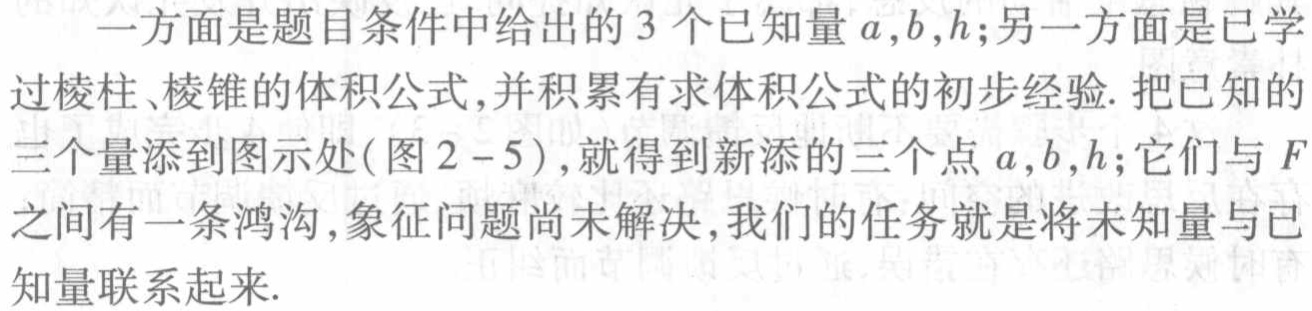
一方面是题目条件中给出的3个已知量\(a,b,h\);另一方面是已学过棱柱、棱锥的体积公式,并积累有求体积公式的初步经验. 把已知的三个量添到图示处(图2 - 5),就得到新添的三个点\(a,b,h\);它们与\(F\)之间有一条鸿沟,象征问题尚未解决,我们的任务就是将未知量与已知量联系起来.